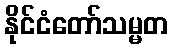
နိုင်ငံတော်သမ္မတ